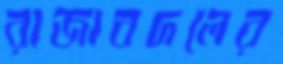
রাজাবদলের